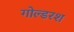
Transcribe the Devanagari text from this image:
गोल्डरश